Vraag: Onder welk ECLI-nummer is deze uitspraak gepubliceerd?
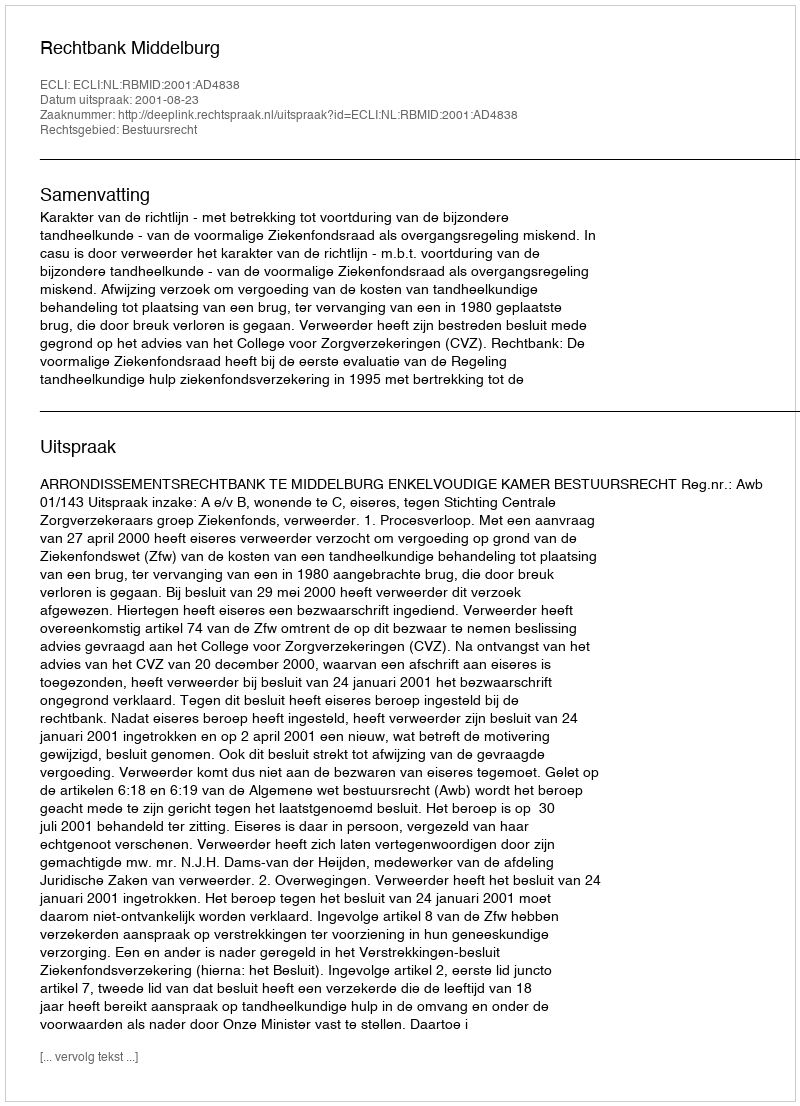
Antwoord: ECLI:NL:RBMID:2001:AD4838